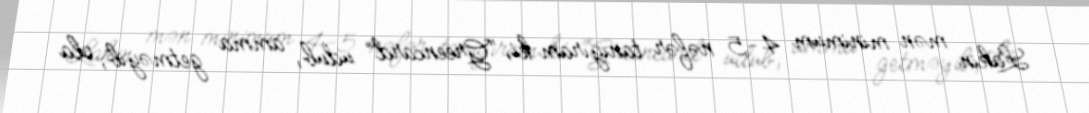
Lakin mən minimum 4-5 nəfər tanıyıram ki, “Greencard” udub, amma getməyib, ola